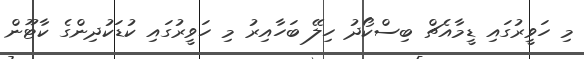
މި ހަވީރުގައި ޑީމާއެޗް ބިސްކޯދު ހިލޭ ބަހާއިރު މި ހަވީރުގައި ކުޑަކުދިންގެ ކާޓޫން